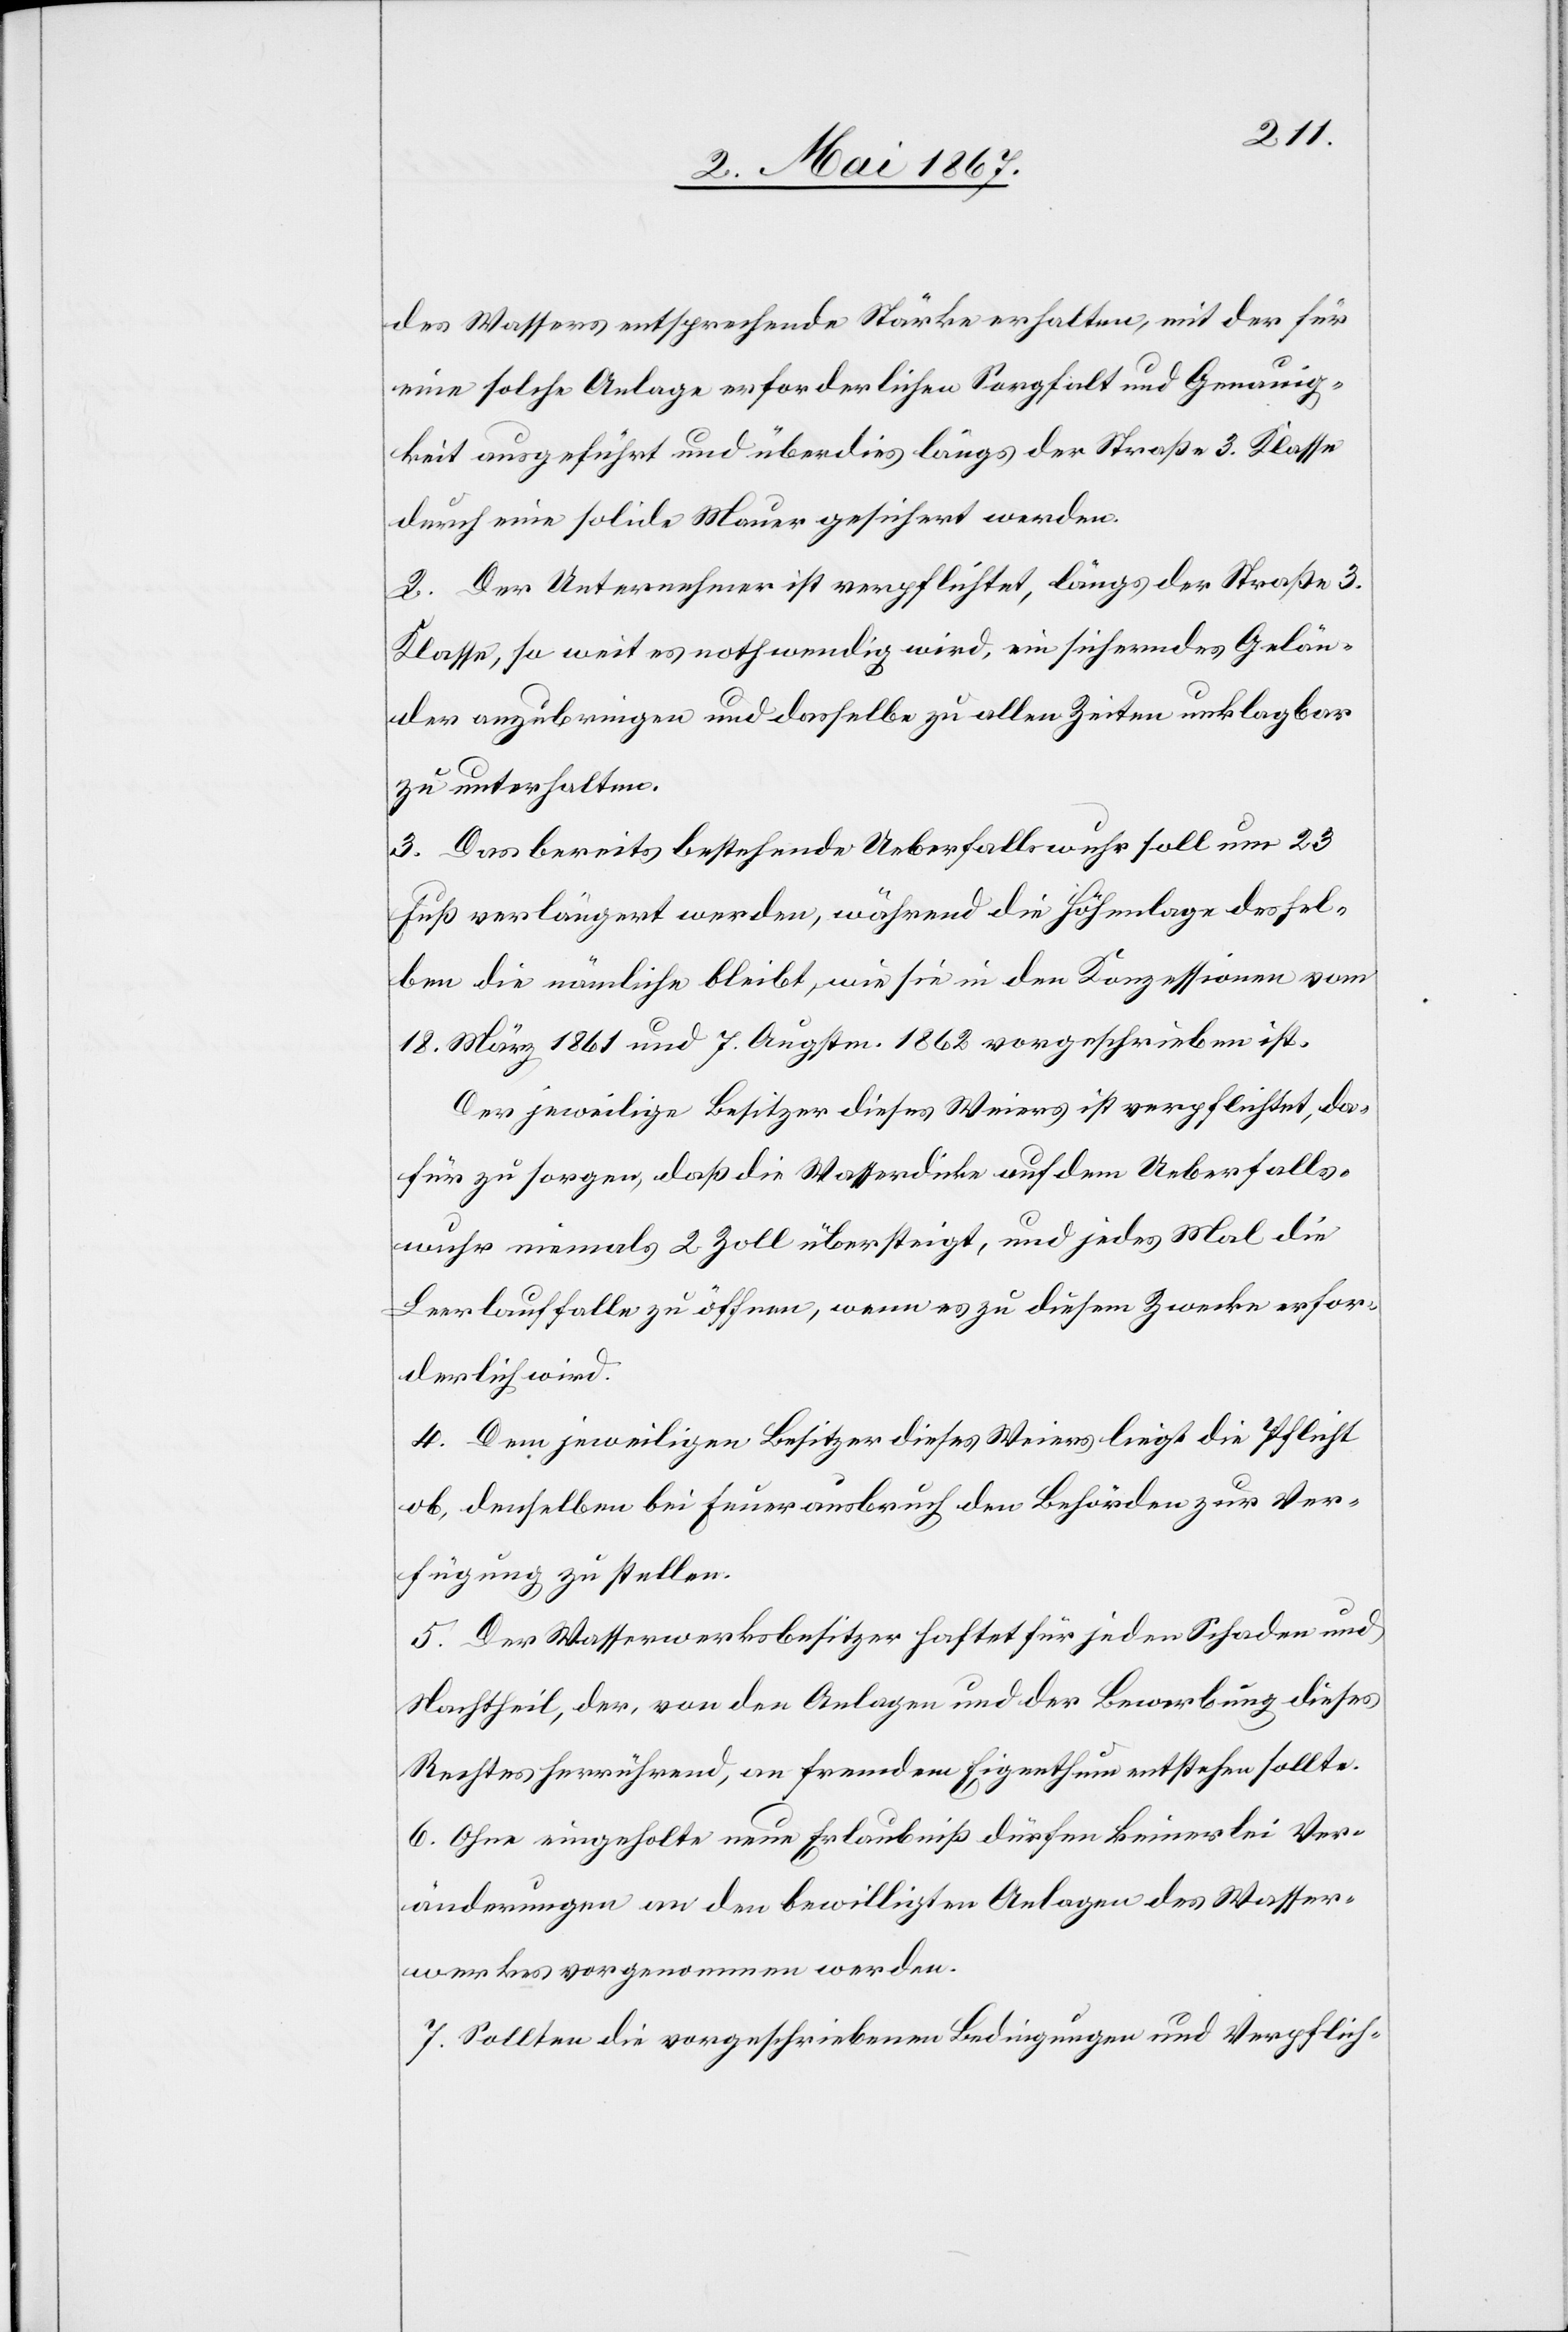
des Wassers entsprechende Stärke erhalten, mit der für
eine solche Anlage erforderlichen Sorgfalt und Genauig¬
keit ausgeführt und überdies längs der Straße 3. Klasse
durch eine solide Mauer gesichert werden.
2. Der Unternehmer ist verpflichtet, längs der Straße 3.
Klasse, so weit es nothwendig wird, ein sicherndes Gelän¬
der anzubringen und dasselbe zu allen Zeiten unklagbar
zu unterhalten.
3. Das bereits bestehende Ueberfallswuhr soll um 23
Fuß verlängert werden, während die Höhenlage dessel¬
ben die nämliche bleibt, wie sie in den Konzessionen vom
18. März 1861 und 7. Augstm. 1862 vorgeschrieben ist.
Der jeweilige Besitzer dieses Weiers ist verpflichtet, da¬
für zu sorgen, daß die Wasserdicke auf dem Ueberfalls¬
wuhr niemals 2 Zoll übersteigt, und jedes Mal die
Leerlauffalle zu öffnen, wenn es zu diesem Zwecke erfor¬
derlich wird.
4. Dem jeweiligen Besitzer dieses Weiers liegt die Pflicht
ob, denselben bei Feuerausbruch den Behörden zur Ver¬
fügung zu stellen.
5. Der Wasserwerksbesitzer haftet für jeden Schaden und
Nachtheil, der, von den Anlagen und der Bewerbung dieses
Rechtes herrührend, an fremdem Eigenthum entstehen sollte.
6. Ohne eingeholte neue Erlaubniß dürfen keinerlei Ver¬
änderungen an den bewilligten Anlagen des Wasser¬
werkes vorgenommen werden.
7. Sollten die vorgeschriebenen Bedingungen und Verpflich-